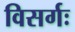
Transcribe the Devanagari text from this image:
विसर्गः